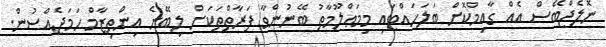
ނޮލެޖްބޭސް އެއް ގާއިމްކޮށް ބަލަހައްޓައި މިމަޢްލޫމާތު ބޭނުންވާ ފަރާތްތަކަށް ލިބޭނެ އިންތިޒާމް ހަމަޖެއްސުން.